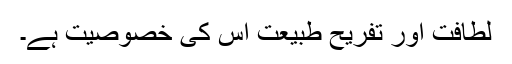
لطافت اور تفریحِ طبیعت اِس کی خصوصیت ہے۔